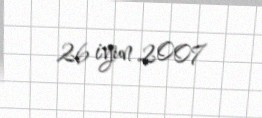
26 iyun 2007